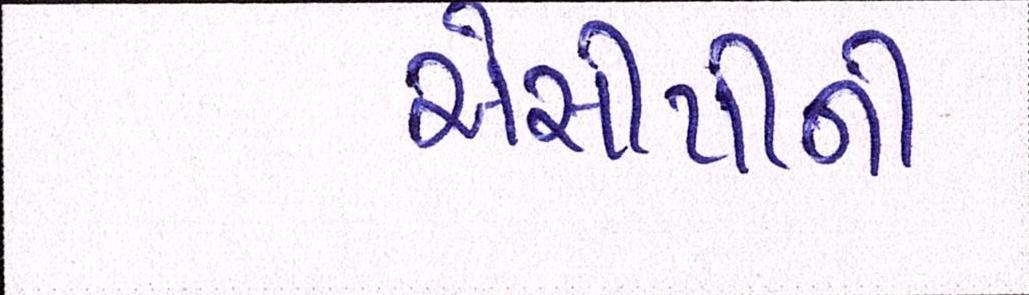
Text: એસીપીની